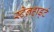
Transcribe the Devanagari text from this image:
स्टेनहार्ड्ट